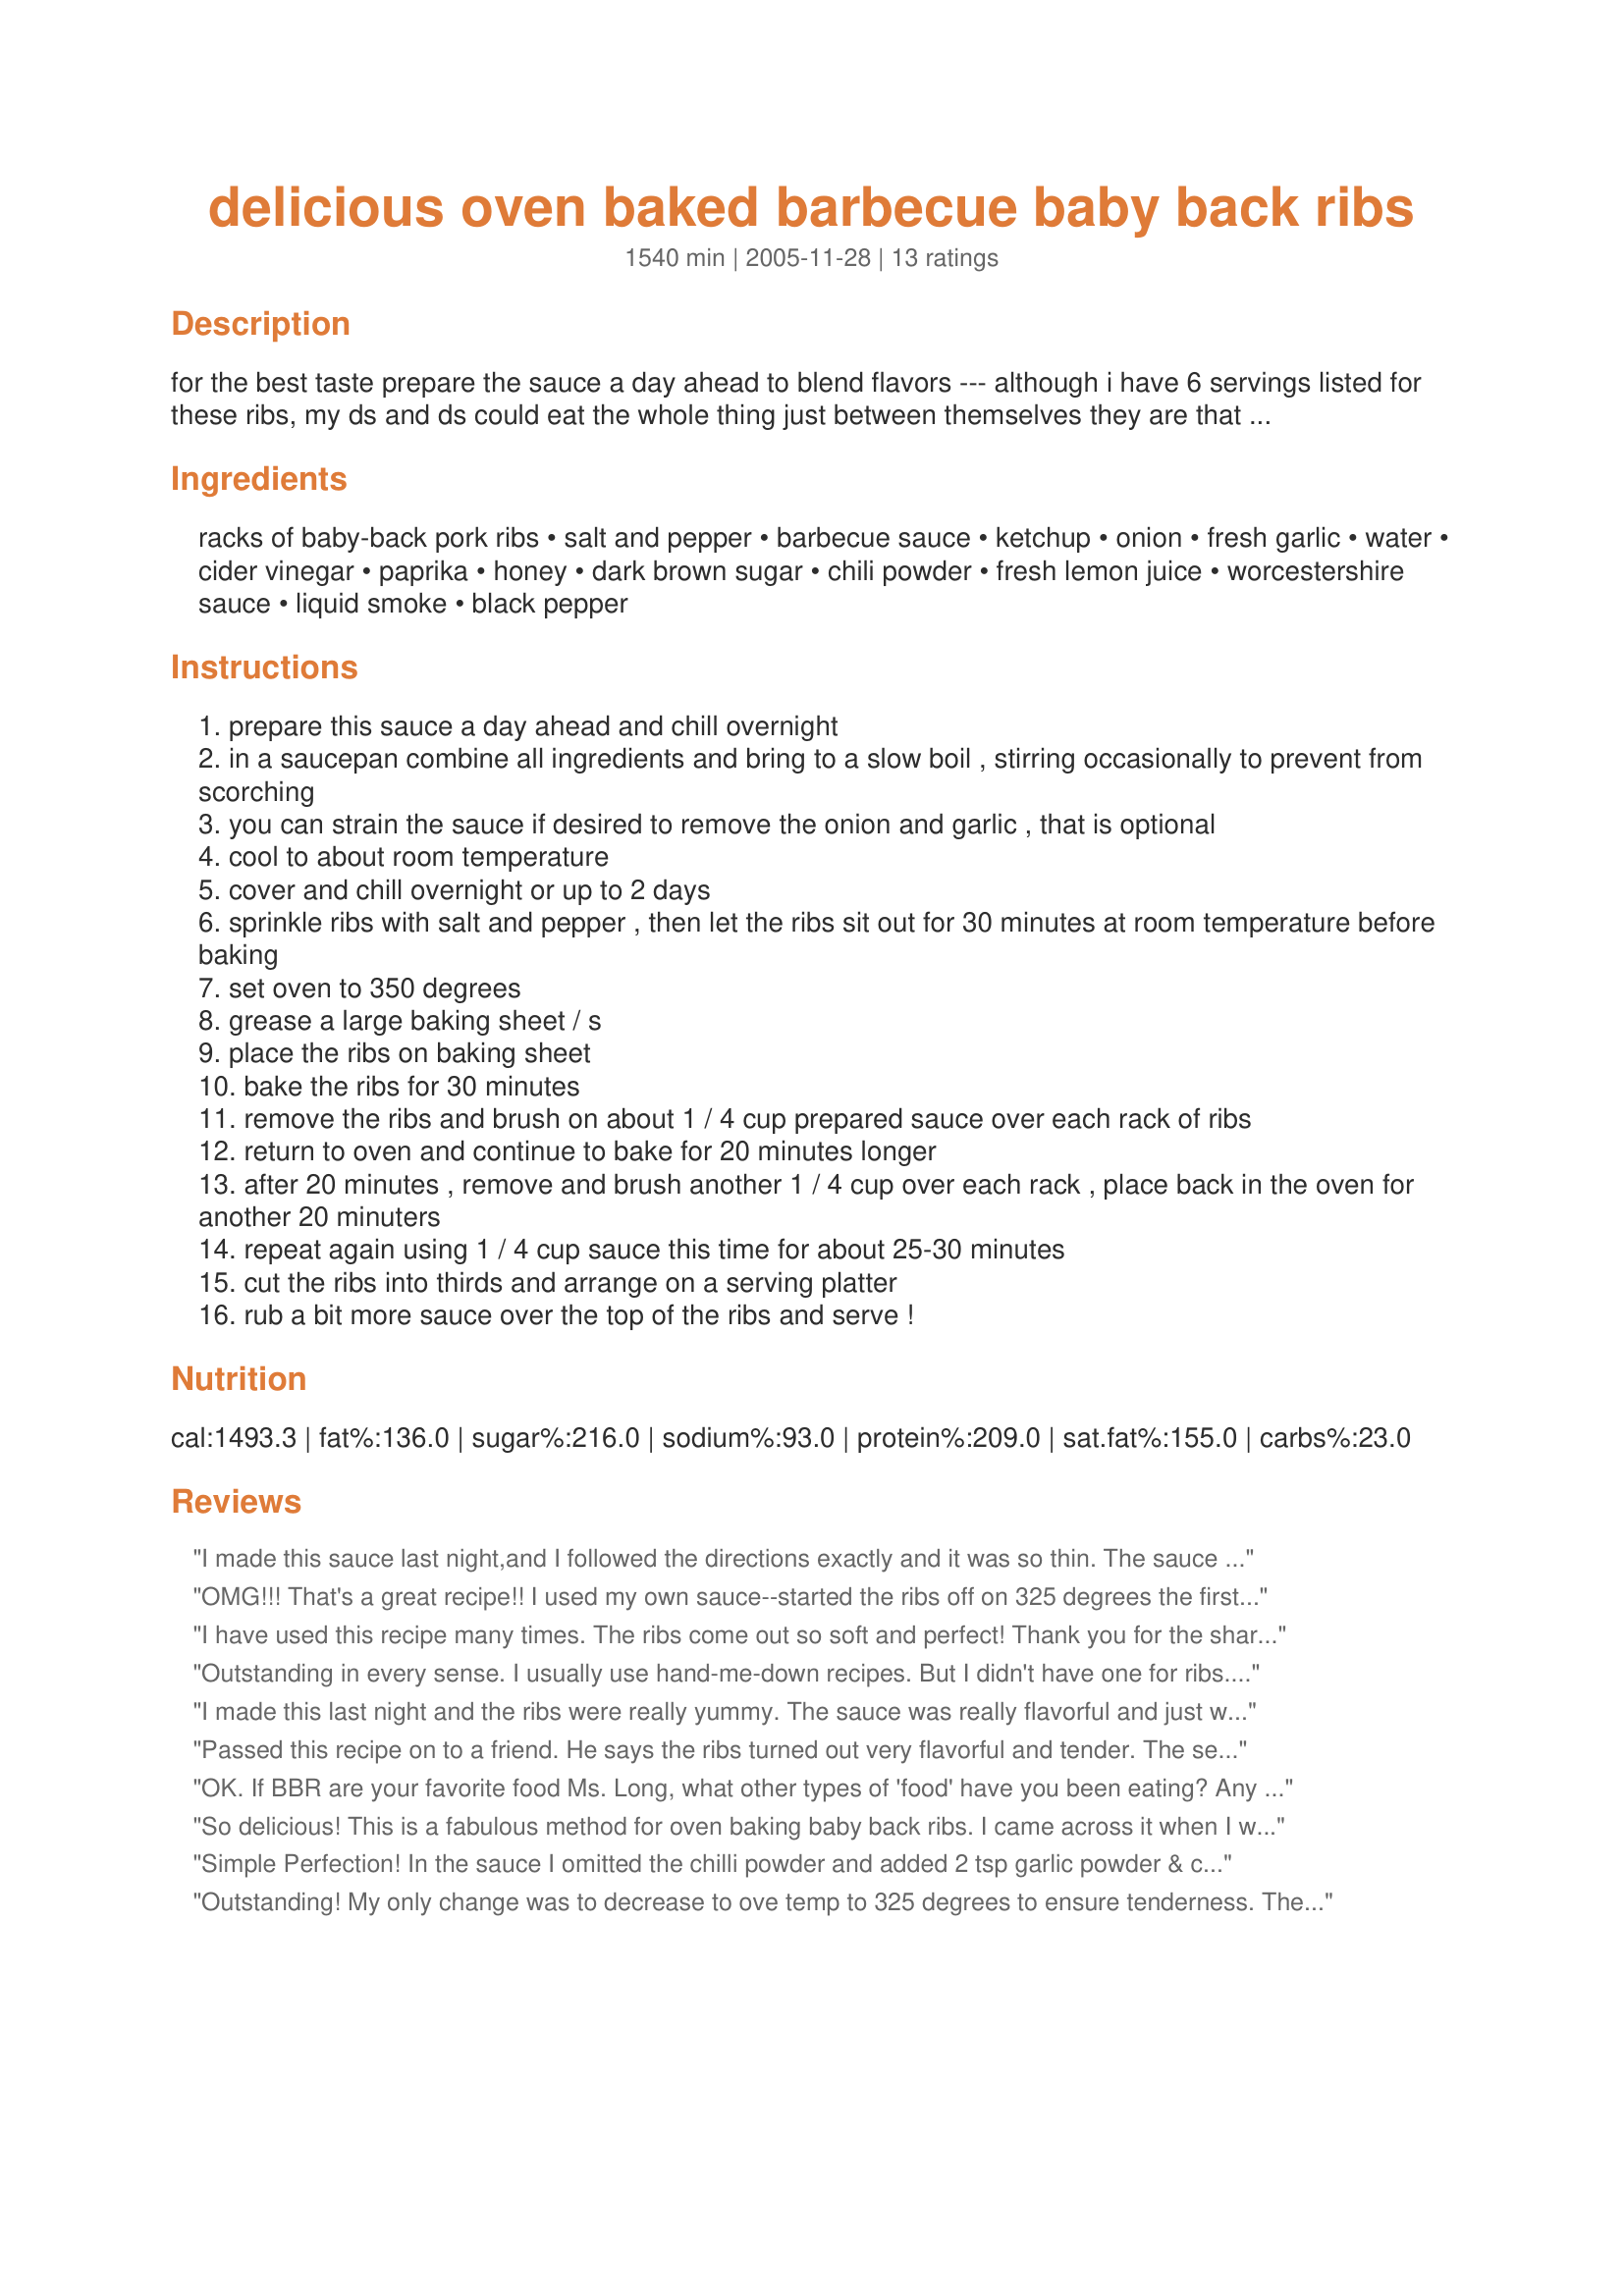
delicious oven baked barbecue baby back ribs
Preparation time: 1540 minutes

for the best taste prepare the sauce a day ahead to blend flavors --- although i have 6 servings listed for these ribs, my ds and ds could eat the whole thing just between themselves they are that delicious! i have made this recipe using side ribs also but i suggest to boil them first for about 20 minutes before cooking them in the oven for side ribs, i have to say that back ribs are better --- i always most always serve these ribs with my recipe#102617 --- you will *love* these ribs!

Ingredients:
racks of baby-back pork ribs, salt and pepper, barbecue sauce, ketchup, onion, fresh garlic, water, cider vinegar, paprika, honey, dark brown sugar, chili powder, fresh lemon juice, worcestershire sauce, liquid smoke, black pepper

Steps:
prepare this sauce a day ahead and chill overnight
in a saucepan combine all ingredients and bring to a slow boil , stirring occasionally to prevent from scorching
you can strain the sauce if desired to remove the onion and garlic , that is optional
cool to about room temperature
cover and chill overnight or up to 2 days
sprinkle ribs with salt and pepper , then let the ribs sit out for 30 minutes at room temperature before baking
set oven to 350 degrees
grease a large baking sheet / s
place the ribs on baking sheet
bake the ribs for 30 minutes
remove the ribs and brush on about 1 / 4 cup prepared sauce over each rack of ribs
return to oven and continue to bake for 20 minutes longer
after 20 minutes , remove and brush another 1 / 4 cup over each rack , place back in the oven for another 20 minuters
repeat again using 1 / 4 cup sauce this time for about 25-30 minutes
cut the ribs into thirds and arrange on a serving platter
rub a bit more sauce over the top of the ribs and serve !

Reviews:
I made this sauce last night,and I followed the directions exactly and it was so thin. The sauce didn't even stick to the ribs.I had to make a different recipe for BBQ sauce so we could actually have BBQ Ribs.
OMG!!! That's a great recipe!! I used my own sauce--started the ribs off on 325 degrees the first hour for tenderness--next 40 minutes at 350. They came out soooo tender--the best I've ever made---my husband thinks I'm the best cook ever--I didn't tell him it was so simple--my kids could have made them!!! I'm cooking ribs this way from now on!
I have used this recipe many times. The ribs come out so soft and perfect! Thank you for the share, I now prefer my ribs baked in the oven instead of the grill. The hoisin marinade we use ends up carmalizes right onto the meat, amazing!!!!
Outstanding in every sense. I usually use hand-me-down recipes. But I didn't have one for ribs...until now!
I made this last night and the ribs were really yummy. The sauce was really flavorful and just what I was looking for. I didn't have any paprika, so I omitted that from the sauce recipe and I didn't prepare the sauce ahead of time as the recipe states. I brought the sauce to a boil and basted the ribs as directed! I had 4 racks of ribs and had some sauce leftover which was fine. Thanks for a great recipe...a keeper for sure!
Passed this recipe on to a friend. He says the ribs turned out very flavorful and tender. The secret is the repeated basting with the sauce. He recommended straining the sauce as suggested.
OK. If BBR are your favorite food Ms. Long, what other types of 'food' have you been eating? Any suggestion that any type rib, Baby Back (which is just code for 'short') or otherwise should never be boiled, steamed or pressure cooked if you want them to taste like something that could ever be rated 1 star. If ribs aren't cooked 'low &amp; slow' then they aren't worth having. No self respecting cook, never mind queue master would consider a recipe for 'cheaters' too lazy to allow enough time or have enough patience to cook ribs properly. As for the BBQ sauce, make any kind you like. It doesn't effect how the meat is seasoned or cooked, in fact sauce can be wiped or washed off. Seems like some folks are too lazy to do the work.
So delicious! This is a fabulous method for oven baking baby back ribs. I came across it when I was looking for an alternative to grilling, and now I prefer it to the grill! It is so easy and the ribs come out perfectly tender and moist every time. It even works great with store-bought sauce when you don't have the time to make your own.
Simple Perfection! In the sauce I omitted the chilli powder and added 2 tsp garlic powder & cumin, 1 tsp oregano, and 1/2 tsp cayenne. After 30 minutes simmering I strained out the garlic and onion and returned to the pan and cooked it down to about 4 cups. It was still thinner than I thought it should be, but had faith that it would be okay. I rubbed my ribs with a mix of 2T brown sugar, 2T garlic salt, 1 tsp black pepper, and let sit for 30 minutes before putting in the oven. I lowered the oven to 325 and extended the cooking time by about 30 minutes, adding in one extra basting too. Even tho the BBQ sauce is thinner than I expected it worked perfectly for basting the ribs, didn't need any additional sauce after it was done. Thank you for another great recipe Kittencal!
Outstanding! My only change was to decrease to ove temp to 325 degrees to ensure tenderness. These beat out alot of grilled rib recipes in my opinion,
Unbelievable.....I wanted baked ribs. I baked them for 2 hours and flipped every 30 minutes to get them really brown. The sauce was SO GOOD. I don't give ratings this high often!
I made this recipe because it was almost 5 stars. This recipe is worth 1 star, the sause is spicy, not sweet. The ribs texture is somewhat chewy. I like a sweet sauce. I should have know when the sauce recipe called for 1/4 cup chilli powder that this was not the sauce I would like. Even if I used my own sauce, the temp is not right for tender baby back ribs. If you like a spicy sauce, then this would be ok except, I would cook at a lower temp to make the ribs more tender and for a longer period. This is a spicy sauce. I love baby back ribs, this wasn't what I thought it would be. A waste of time and money. This is NOT a 5 star recipe. Maybe 1 or 2 stars. Tender ribs can be boiled then baked or soak in sauce then bake. Much better then the baking temps in this recipe. Beware! this isn't as good as the other reviews make it sound. I will never use this recipe again. Baby back ribs is my favorite food, not good at all with this recipe and baking instructions. I'm completely disappointed! The meat just didn't turn out tasty at all. You won't like this recipe. Review other recipes and select them instead, trust me. I never comment on these but I had to warn people with this one.
The ribs turned out really good.
